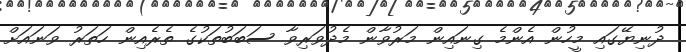
ދުނިޔޭގައި މީހުން އެންމެ ގިނައިން މަރުވާން މެދުވަރިވާ ސަބަބުތަކުގެ ތެރެއިން ހަތަރު ވަަނައަށް